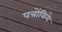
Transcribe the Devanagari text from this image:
पत्रोंकिये